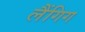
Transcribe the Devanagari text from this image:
लैंगिग